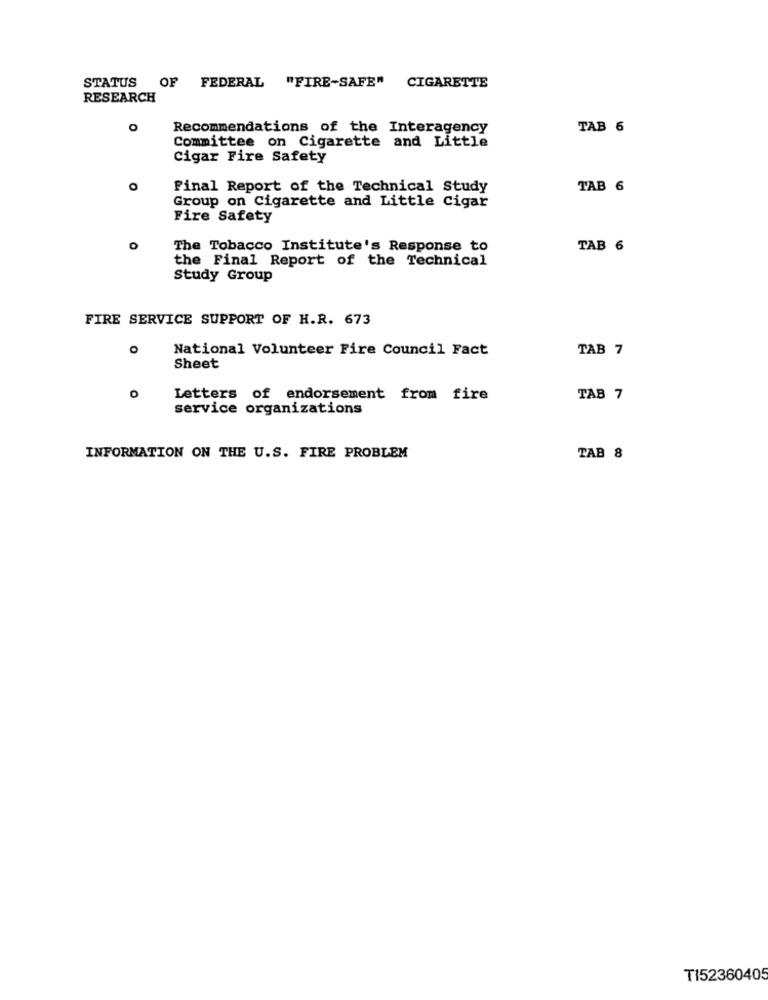
OF FEDERAL "FIRE-SAFE" CIGARETTE
STATUS
RESEARCH
O
Recommendations of the Interagency
TAB 6
Committee on Cigarette and Little
Cigar Fire Safety
Final Report of the Technical Study
TAB 6
Group on Cigarette and Little Cigar
Fire Safety
O
The Tobacco Institute's Response to
TAB 6
the Final Report of the Technical
Study Group
FIRE SERVICE SUPPORT OF H.R. 673
O
National Volunteer Fire Council Fact
TAB 7
Sheet
Letters of endorsement from fire
TAB 7
service organizations
INFORMATION ON THE U.S. FIRE PROBLEM
TAB 8
TI52360405